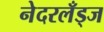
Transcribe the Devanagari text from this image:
नेदरलँड्ज